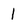
Character: 1